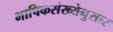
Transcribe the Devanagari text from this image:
भाषिकसंख्येनुसार